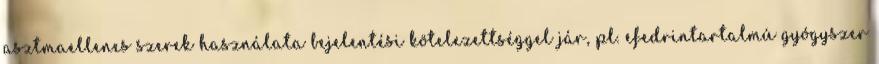
asztmaellenes szerek használata bejelentési kötelezettséggel jár, pl. efedrintartalmú gyógyszer